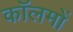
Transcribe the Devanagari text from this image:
काॅलमों